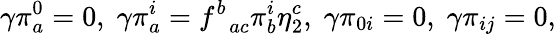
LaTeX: \gamma\pi_{a}^{0}=0,\; \gamma\pi_{a}^{i}=f_{\; \; ac}^{b}\pi_{b}^{i}\eta_{2}^{c},\; \gamma\pi_{0i}=0,\; \gamma\pi_{ij}=0,